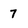
Character: 7